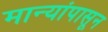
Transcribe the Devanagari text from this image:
मान्यांपासून